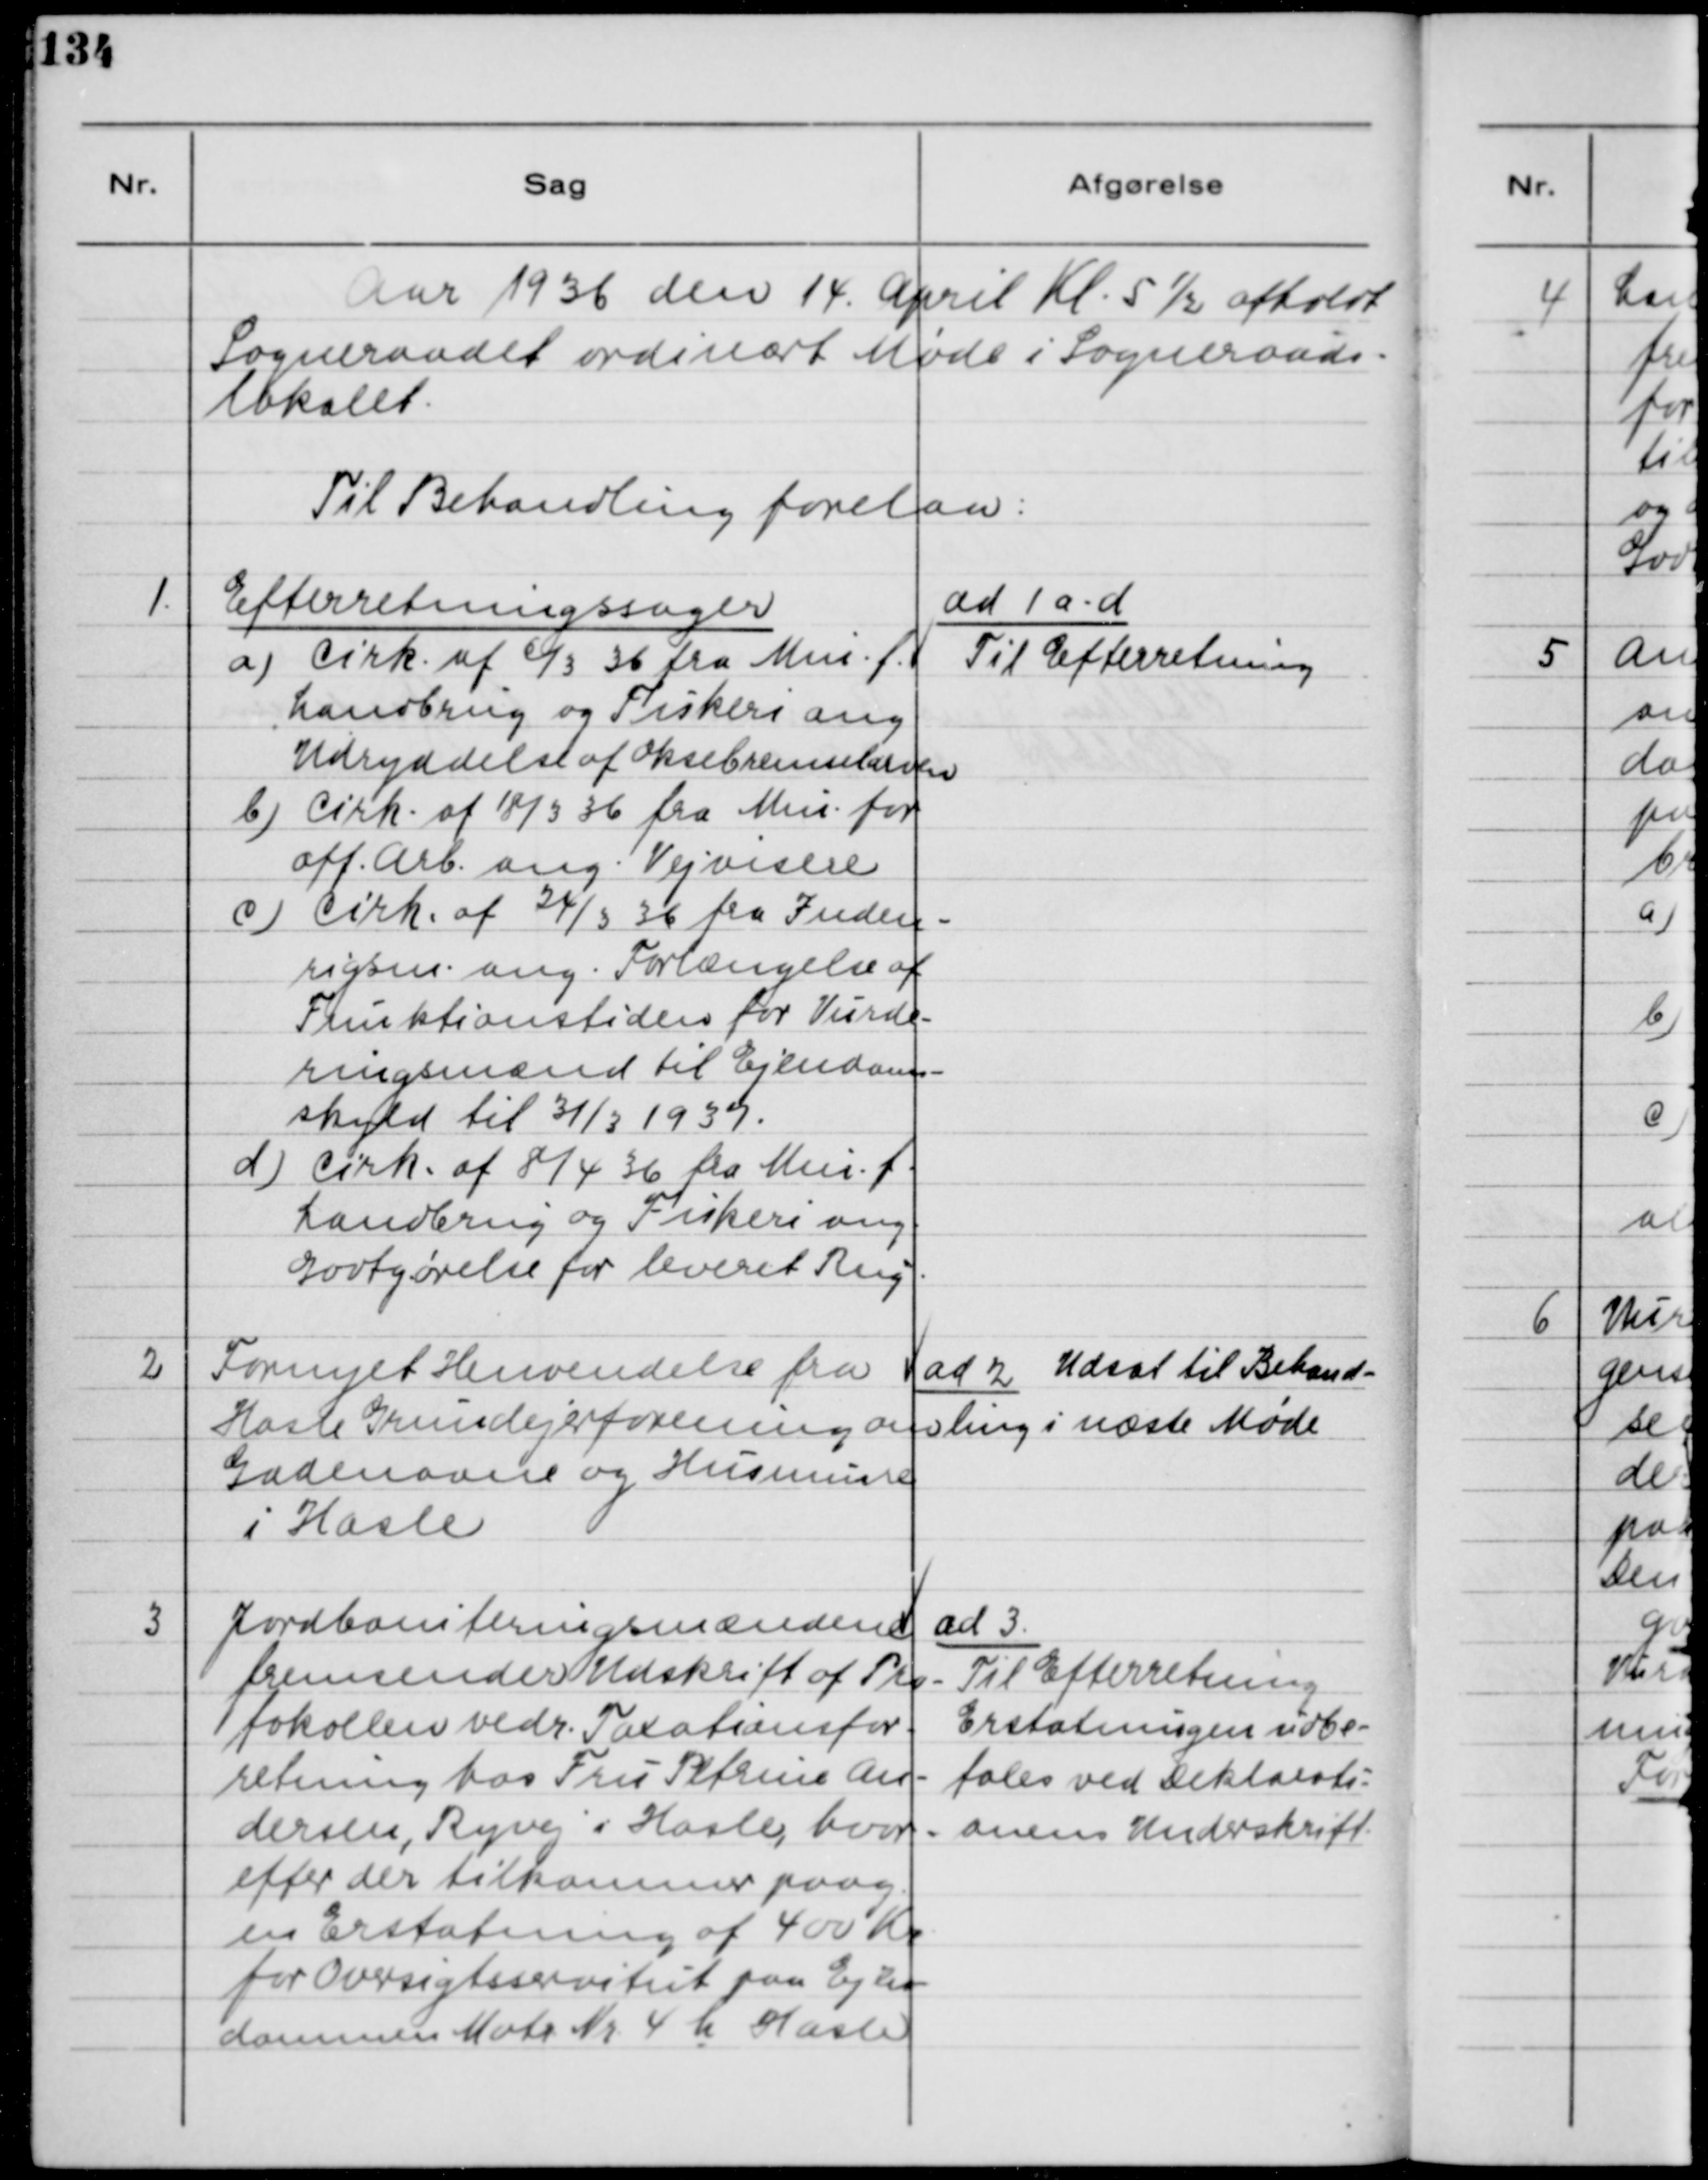
Transskription:
Aar 1936 den 14. April Kl. 5½ afholdt
Sogneraadet ordinært Møde i Sogneraads-
lokalet.
Til Behandling forelaa:
1.
Efterretningssager
a) Cirk. af 6/3 36 fra Mni. f.
Landbrug og Fiskeri ang.
Udryddelse af Oksebremselarven.
b) Cirk. af 18/3 36 fra Mni. for
off. Arb. ang. Vejvisere.
c) Cirk. af 24/3 36 fra Inden-
rigsm. ang. Forlængelse af
Funktionstiden for Vurde-
ringsmænd til Ejendoms-
skyld til 31/3 1937.
d) Cirk. af 8/4 36 fra Mni. f.
Landbrug og Fiskeri ang.
Godtgørelse for leveret Rug.
ad 1 a-d
Til Efterretning.
2
Fornyet Henvendelse fra
Hasle Grundejerforening om
Gadenavne og Husnumre
i Hasle
ad 2 Udsat til Behand-
ling i næste Møde
3
Jordboniteringsmændene
fremsender Udskrift af Pro-
tokollen vedr. Taxationsfor-
retning hos Fru Petrine An-
dersen, Ryvej i Hasle, hvor-
efter der tilkommer paany
en Erstatning af 400 Kr
for Oversigtsservitut paa Ejen-
dommen Matr. Nr. 4 k Hasle
ad 3
Til Efterretning
Erstatningen udbe-
tales ved Deklarati-
onens Underskrift.